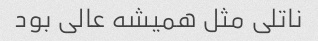
ناتلی مثل همیشه عالی بود